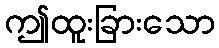
ဤထူးခြားသော